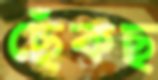
ছেঁকছ